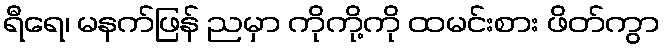
ရီရေ၊ မနက်ဖြန် ညမှာ ကိုကို့ကို ထမင်းစား ဖိတ်ကွာ